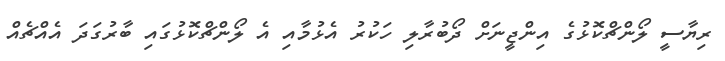
ރިޔާސީ ލޯންޗްކޮޅުގެ އިންޖީނަށް ދޯބުރާލި ހަކުރު އެޅުމާއި އެ ލޯންޗްކޮޅުގައި ބާރުގަދަ އެއްޗެއް